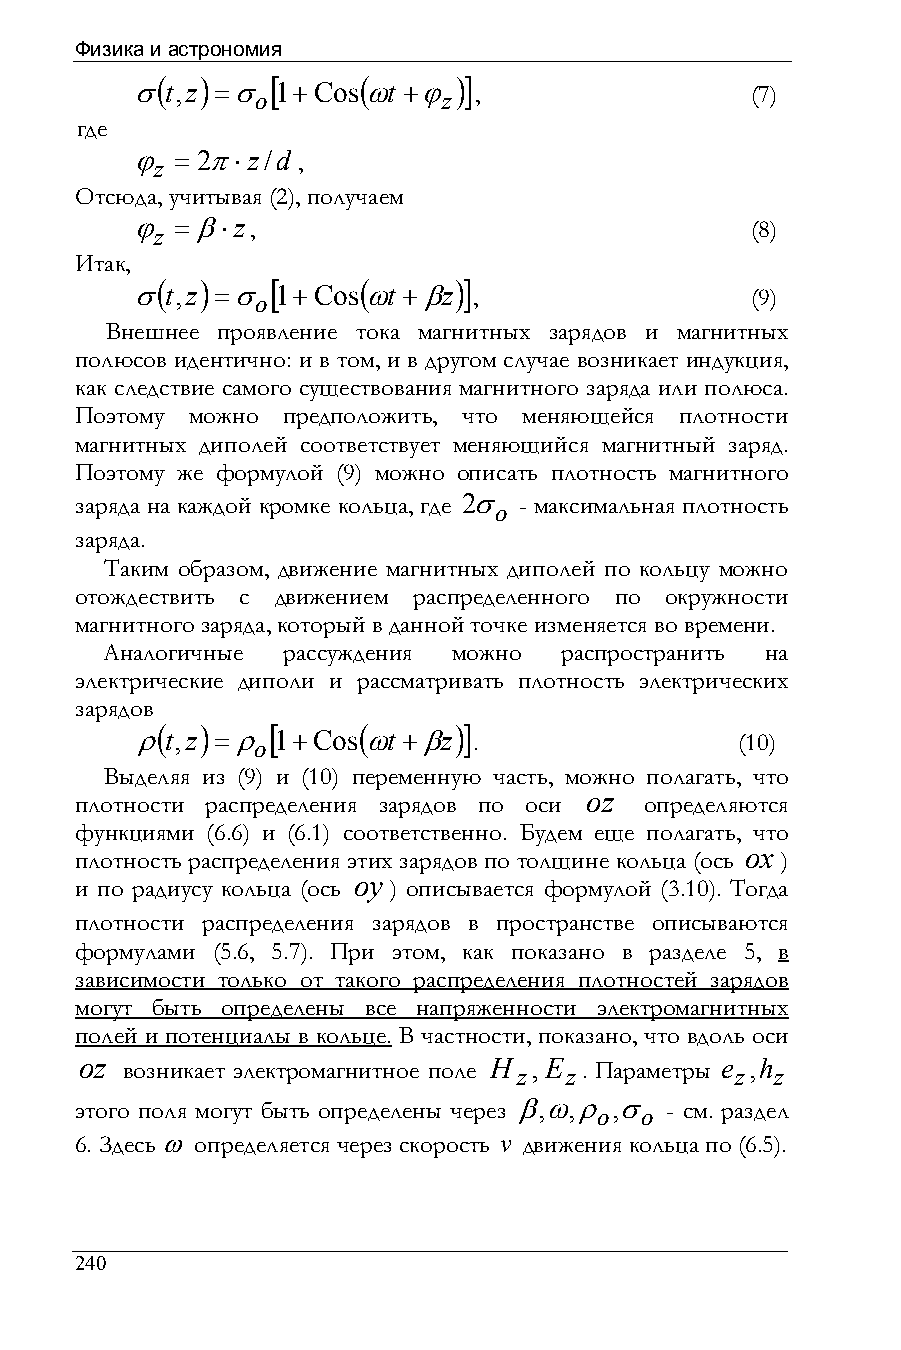
Физика и астрономия
 (  )    [     (     )]
 σt,z =σ o 1+Cosωt +ϕ z ,                 (7)
 где
 ϕ z = 2π⋅z/d ,
 Отсюда, учитывая (2), получаем
 ϕ z =β⋅z,                                (8)
 Итак,
 (  )    [     (     )]
 σt,z =σ o 1+Cosωt +βz ,                  (9)
 Внешнее проявление тока магнитных зарядов и магнитных
 полюсов идентично: и в том, и в другом случае возникает индукция,
 как следствие самого существования магнитного заряда или полюса.
 Поэтому можно предположить, что меняющейся плотности
 магнитных диполей соответствует меняющийся магнитный заряд.
 Поэтому же формулой (9) можно описать плотность магнитного
 заряда на каждой кромке кольца, где 2σ o - максимальная плотность
 заряда.
 Таким образом, движение магнитных диполей по кольцу можно
 отождествить с движением распределенного по окружности
 магнитного заряда, который в данной точке изменяется во времени.
 Аналогичные рассуждения можно распространить на
 электрические диполи и рассматривать плотность электрических
 зарядов
 (  )    [     (     )]
 ρt,z =ρ o 1+Cosωt +βz .                 (10)
 Выделяя из (9) и (10) переменную часть, можно полагать, что
 oz
 плотности распределения зарядов по оси определяются
 функциями (6.6) и (6.1) соответственно. Будем еще полагать, что
 ox
 плотность распределения этих зарядов по толщине кольца (ось )
 oy
 и по радиусу кольца (ось ) описывается формулой (3.10). Тогда
 плотности распределения зарядов в пространстве описываются
 формулами (5.6, 5.7). При этом, как показано в разделе 5, в
 зависимости только от такого распределения плотностей зарядов
 могут быть определены все напряженности электромагнитных
 полей и потенциалы в кольце. В частности, показано, что вдоль оси
 oz возникает электромагнитное поле H z,E z. Параметры e z,h z
 этого поля могут быть определены через β,ω,ρ o,σ o - см. раздел
 6. Здесь ω определяется через скорость v движения кольца по (6.5).
 240